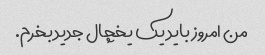
من امروز باید یک یخچال جدید بخرم.